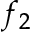
f _ { 2 }